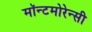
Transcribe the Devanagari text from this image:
मॉन्टमोरेन्सी